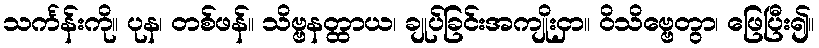
သင်္ကန်းကို။ ပုန၊ တစ်ဖန်။ သိဗ္ဗနတ္ထာယ၊ ချုပ်ခြင်းအကျိုးငှာ။ ဝိသိဗ္ဗေတွာ၊ ဖြေပြီး၍။